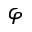
\varphi